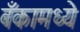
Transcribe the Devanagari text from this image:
बँकामध्ये